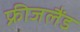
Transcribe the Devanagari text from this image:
फ्रीजलैंड